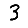
Digit: 3